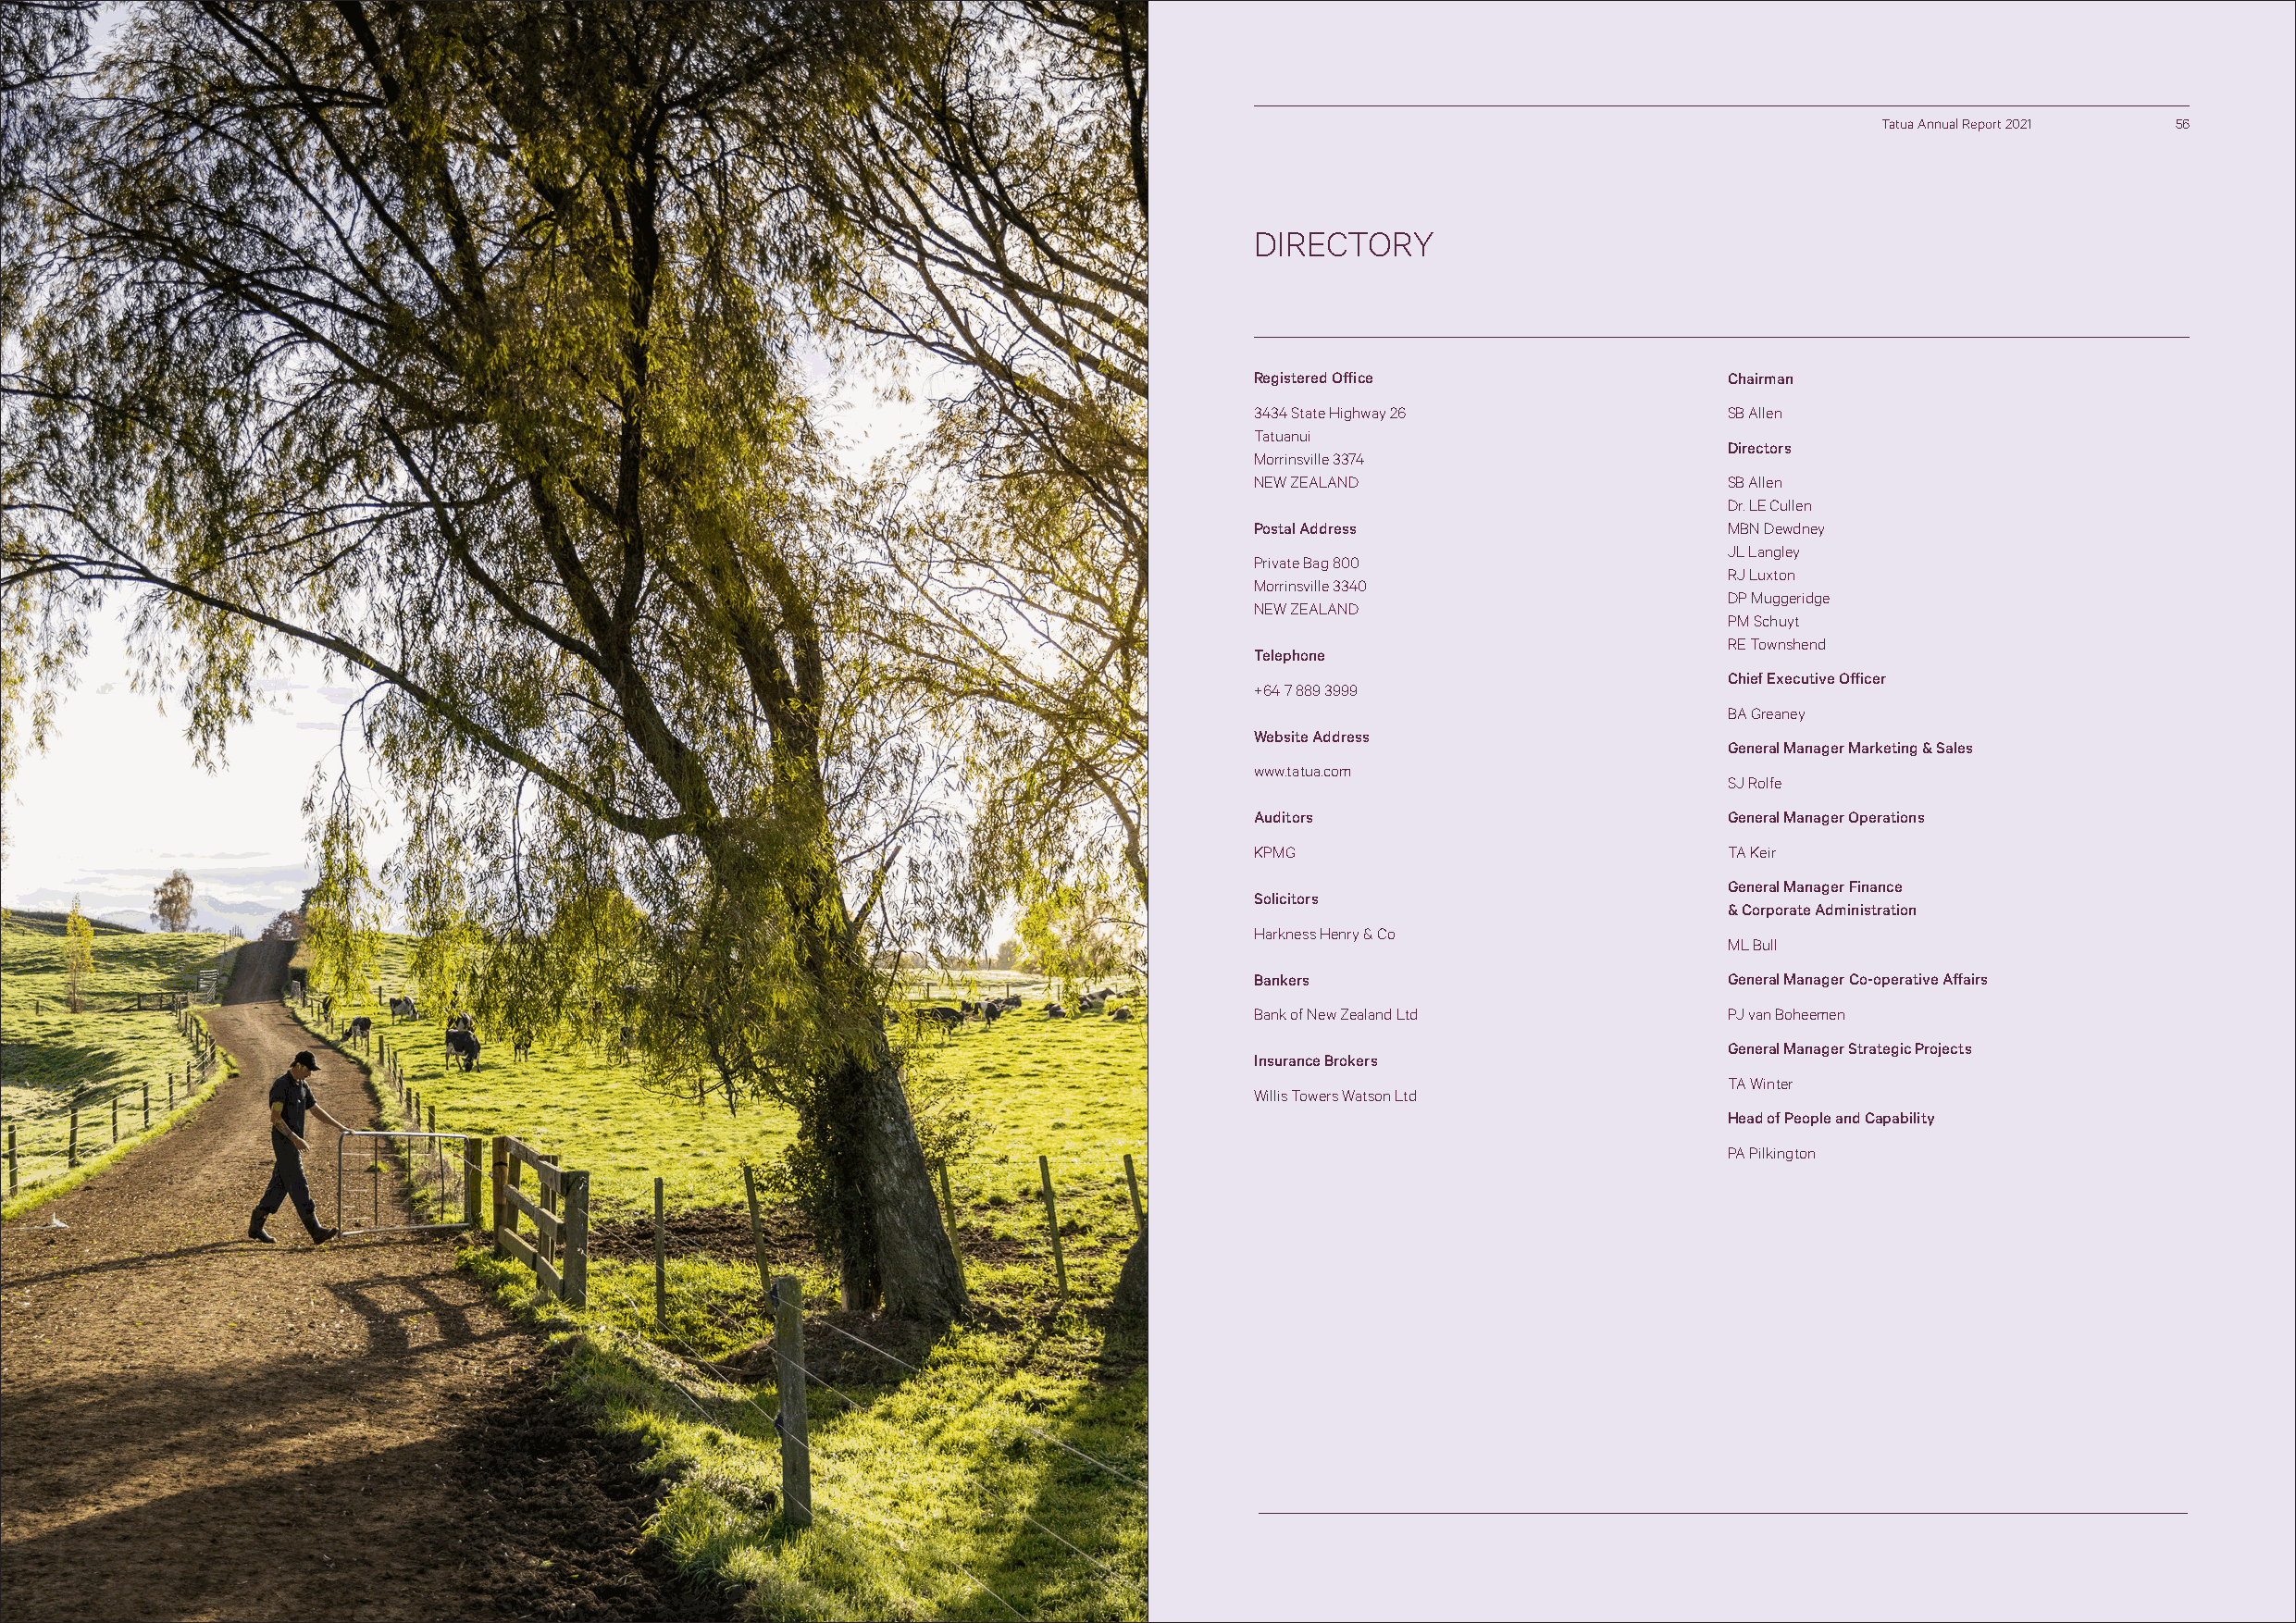
Tatua Annual Report 2021 56
 DIRECTORY
 Registered Office                 Chairman
 3434 State Highway 26             SB Allen
 Tatuanui
 Directors
 Morrinsville 3374
 NEW ZEALAND                       SB Allen
 Dr. LE Cullen
 Postal Address                    MBN Dewdney
 JL Langley
 Private Bag 800
 RJ Luxton
 Morrinsville 3340
 DP Muggeridge
 NEW ZEALAND
 PM Schuyt
 RE Townshend
 Telephone
 Chief Executive Officer
 +64 7 889 3999
 BA Greaney
 Website Address
 General Manager Marketing & Sales
 www.tatua.com
 SJ Rolfe
 Auditors                          General Manager Operations
 KPMG                              TA Keir
 General Manager Finance
 Solicitors
 & Corporate Administration
 Harkness Henry & Co
 ML Bull
 Bankers                           General Manager Co-operative Affairs
 Bank of New Zealand Ltd           PJ van Boheemen
 General Manager Strategic Projects
 Insurance Brokers
 TA Winter
 Willis Towers Watson Ltd
 Head of People and Capability
 PA Pilkington